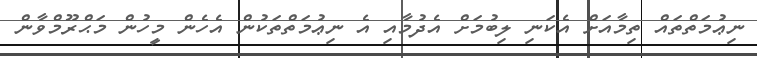
ނިޢުމަތްތައް ތިމާއަށް އެކަނި ލިބުމަށް އެދުމާއި އެ ނިޢުމަތްތަކުން އެހެން މީހުން މަޙްރޫމްވާން